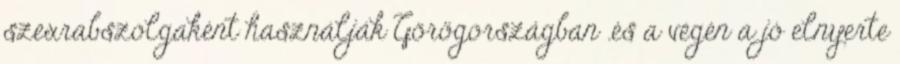
szexrabszolgaként használják Görögországban .és a végén a jó elnyerte